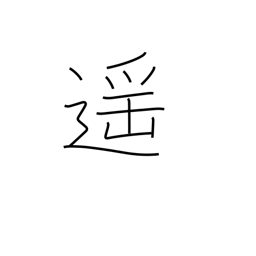
Meaning: far off